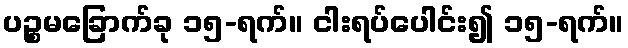
ပဉ္စမခြောက်ခု ၁၅-ရက်။ ငါးရပ်ပေါင်း၍ ၁၅-ရက်။